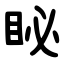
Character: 䀣